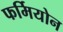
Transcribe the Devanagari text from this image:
फर्मियोन